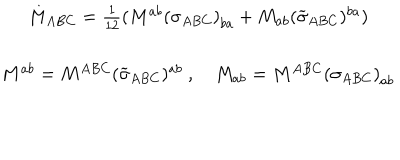
\begin{array} { c } { { M _ { A B C } = \frac 1 { 1 2 } ( M ^ { a b } \left( \sigma _ { A B C } \right) _ { b a } + M _ { a b } ( \widetilde { \sigma } _ { A B C } ) ^ { b a } ) } } \\ { { M ^ { a b } = M ^ { A B C } ( \widetilde { \sigma } _ { A B C } ) ^ { a b } \ , \quad M _ { a b } = M ^ { A B C } \left( \sigma _ { A B C } \right) _ { a b } } } \\ \end{array}